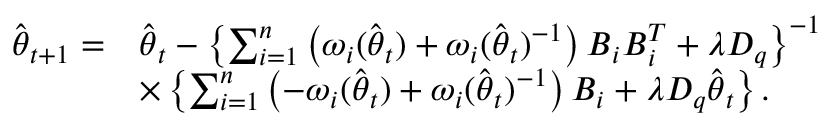
\begin{array} { r l } { \hat { \boldsymbol { \theta } } _ { t + 1 } = } & { \hat { \boldsymbol { \theta } } _ { t } - \left\{ \sum _ { i = 1 } ^ { n } \left( \omega _ { i } ( \hat { \boldsymbol { \theta } } _ { t } ) + \omega _ { i } ( \hat { \boldsymbol { \theta } } _ { t } ) ^ { - 1 } \right) \boldsymbol { B } _ { i } \boldsymbol { B } _ { i } ^ { T } + \lambda \boldsymbol { D } _ { q } \right\} ^ { - 1 } } \\ & { \times \left\{ \sum _ { i = 1 } ^ { n } \left( - \omega _ { i } ( \hat { \boldsymbol { \theta } } _ { t } ) + \omega _ { i } ( \hat { \boldsymbol { \theta } } _ { t } ) ^ { - 1 } \right) \boldsymbol { B } _ { i } + \lambda \boldsymbol { D } _ { q } \hat { \boldsymbol { \theta } } _ { t } \right\} . } \end{array}